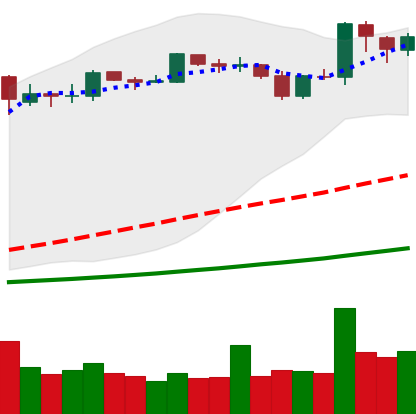
Ticker: BNB-USD
Chart end date: 2019-03-27
Forward return: 6.967%
Label: up_5_7